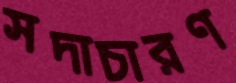
সদাচারণ